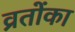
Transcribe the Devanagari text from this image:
व्रतोंका